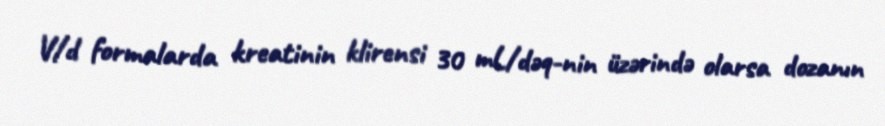
V/d formalarda kreatinin klirensi 30 mL/dəq-nin üzərində olarsa dozanın